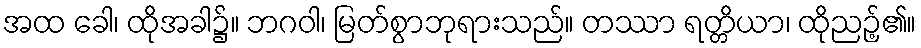
အထ ခေါ၊ ထိုအခါ၌။ ဘဂဝါ၊ မြတ်စွာဘုရားသည်။ တဿာ ရတ္တိယာ၊ ထိုညဉ့်၏။